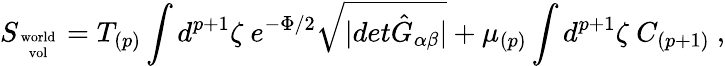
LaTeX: S_{\mathrm{world\atop vol}}=T_{(p)}\int d^{p+1}\zeta\ e^{-\Phi/2}\sqrt{\vert det{\hat{G}}_{\alpha\beta}\vert}+\mu_{(p)}\int d^{p+1}\zeta\ C_{(p+1)}\ ,